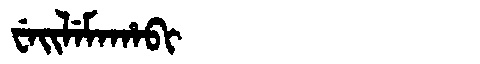
Manchu: ᠸᡝᡳᠯᡝᠮᠠᡥᠠᠪᡳ
Romanization: WEILEMAHABI